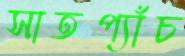
সাতপ্যাঁচ